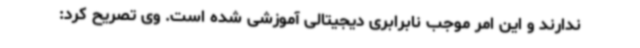
ندارند و این امر موجب نابرابری دیجیتالی آموزشی شده است. وی تصریح کرد: